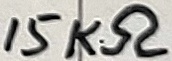
Text: 15KΩ